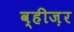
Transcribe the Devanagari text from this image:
व्हीज़र